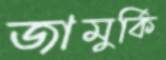
জামুর্কি